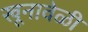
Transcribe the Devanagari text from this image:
खूनावेळी